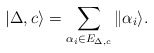
\begin{align*}|\Delta,c\rangle = \sum_{\alpha_i\in E_{\Delta,c}}\|\alpha_i\rangle.\end{align*}